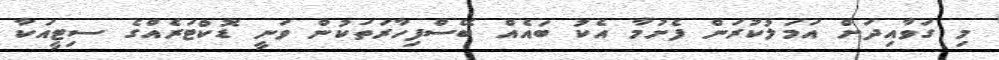
މި ގަވާއިދަށް އަމަލުކުރަން ފެށުމާ އެކު ބައެއް ބޭސްފިހާރަތަކުން ވަނީ ޑޮކްޓަރެއްގެ ސިޓީއަކާ